Scientific memoirs by medical officers of the Army of India - Part III,
Year: 1887
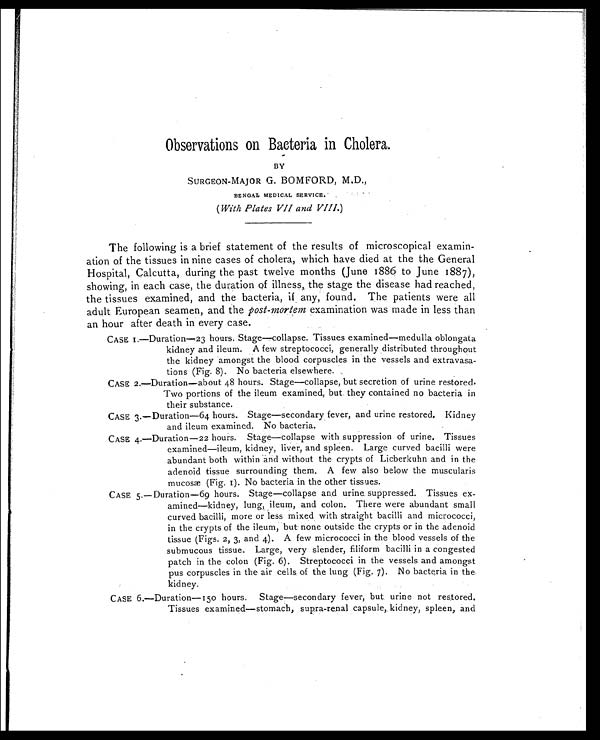
Observations on Bacteria in Cholera.
BY
SURGEON-MAJOR G. BOMFORD, M.D.,
BENGAL MEDICAL SERVICE.
(With Plates VII and VIII.)
The following is a brief statement of the results of microscopical examin-
ation of the tissues in nine cases of cholera, which have died at the the General
Hospital, Calcutta, during the past twelve months (June 1886 to June 1887),
showing, in each case, the duration of illness, the stage the disease had reached,
the tissues examined, and the bacteria, if any, found. The patients were all
adult European seamen, and the post-mortem examination was made in less than
an hour after death in every case.
CASE I.—Duration-23 hours. Stage—collapse. Tissues examined—medulla oblongata
kidney and ileum. A few streptococci, generally distributed throughout
the kidney amongst the blood corpuscles in the vessels and extravasa-
tions (Fig. 8). No bacteria elsewhere.
CASE 2.—Duration—about 48 hours. Stage—collapse, but secretion of urine restored.
Two portions of the ileum examined, but they contained no bacteria in
their substance.
CASE 3.—Duration—64 hours. Stage—secondary fever, and urine restored. Kidney
and ileum examined. No bacteria.
CASE 4.—Duration-22 hours. Stage—collapse with suppression of urine. Tissues
examined—ileum, kidney, liver, and spleen. Large curved bacilli were
abundant both within and without the crypts of Licberkuhn and in the
adenoid tissue surrounding them. A few also below the muscular is
mucosæ (Fig. I). No bacteria in the other tissues.
CASE 5.—Duration—69 hours. Stage—collapse and urine suppressed. Tissues ex-
amined—kidney, lung, ileum, and colon. There were abundant small
curved bacilli, more or less mixed with straight bacilli and micrococci,
in the crypts of the ileum, but none outside the crypts or in the adenoid
tissue (Figs. 2, 3, and 4). A few micrococci in the blood vessels of the
submucous tissue. Large, very slender, filiform bacilli in a congested
patch in the colon (Fig. 6). Streptococci in the vessels and amongst
pus corpuscles in the air cells of the lung (Fig. 7). No bacteria in the
kidney.
CASE 6.—Duration—150 hours. Stage—secondary fever, but urine not restored.
Tissues examined—stomach, supra-renal capsule, kidney, spleen, and